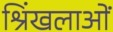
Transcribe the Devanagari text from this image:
श्रिंखलाओं